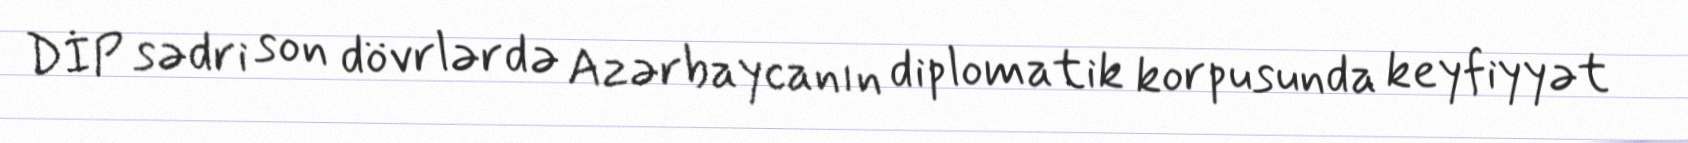
DİP sədri son dövrlərdə Azərbaycanın diplomatik korpusunda keyfiyyət